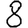
Digit: 8